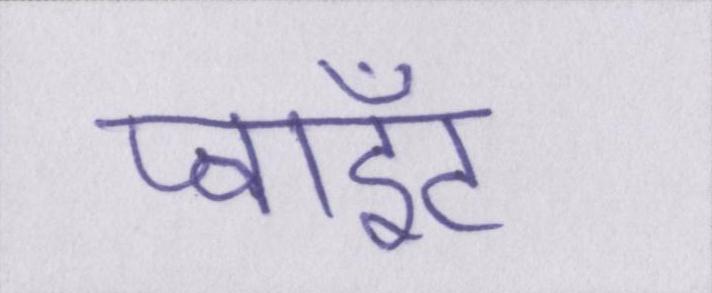
प्वाइंट